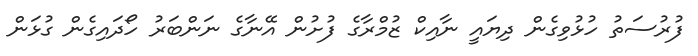
ފުރުސަތު ހުޅުވިގެން ދިޔައީ ނާއިކް ޒުމްރާގެ ފުށުން އޭނާގެ ނަންބަރު ހޯދައިގެން ގުޅަން